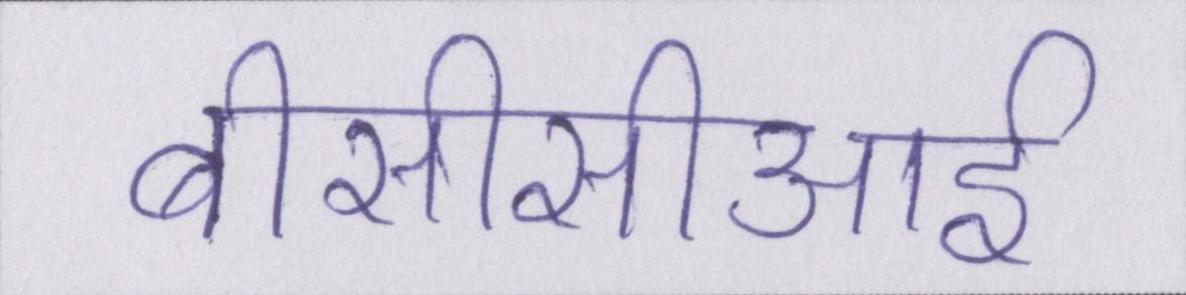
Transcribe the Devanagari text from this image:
बीसीसीआई